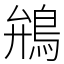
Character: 鴘